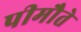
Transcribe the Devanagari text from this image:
पीमौते